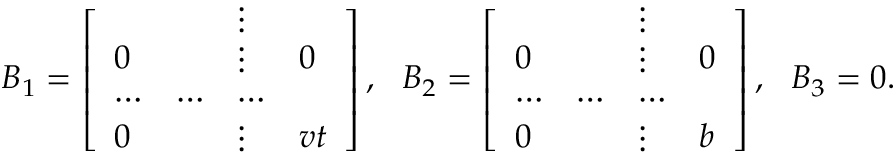
B _ { 1 } = \left[ \begin{array} { l l l l } { { } } & { { } } & { { \vdots } } & { { } } \\ { { 0 } } & { { } } & { { \vdots } } & { { 0 } } \\ { { \cdots } } & { { \cdots } } & { { \cdots } } & { { } } \\ { { 0 } } & { { } } & { { \vdots } } & { { v t } } \end{array} \right] , \ \ B _ { 2 } = \left[ \begin{array} { l l l l } { { } } & { { } } & { { \vdots } } & { { } } \\ { { 0 } } & { { } } & { { \vdots } } & { { 0 } } \\ { { \cdots } } & { { \cdots } } & { { \cdots } } & { { } } \\ { { 0 } } & { { } } & { { \vdots } } & { { b } } \end{array} \right] , \ \ B _ { 3 } = 0 .